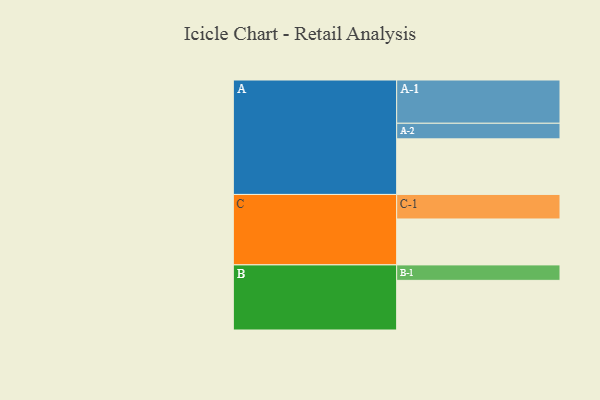
{"axis": {"x": "Segment", "y": "Value"}, "legend": ["", "A", "B", "C"], "data": [{"x": "A", "y": 374, "type": ""}, {"x": "B", "y": 334, "type": ""}, {"x": "C", "y": 309, "type": ""}, {"x": "A-1", "y": 291, "type": "A"}, {"x": "A-2", "y": 105, "type": "A"}, {"x": "B-1", "y": 104, "type": "B"}, {"x": "C-1", "y": 165, "type": "C"}]}